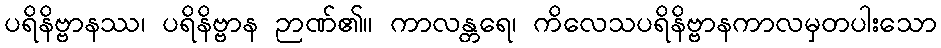
ပရိနိဗ္ဗာနဿ၊ ပရိနိဗ္ဗာန ဉာဏ်၏။ ကာလန္တရေ၊ ကိလေသပရိနိဗ္ဗာနကာလမှတပါးသော